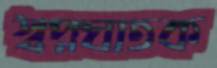
স্বপ্নঘাতক